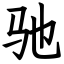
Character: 驰